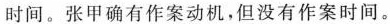
时间。张甲确有作案动机，但没有作案时间。